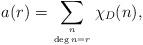
LaTeX: \begin{align*} a(r) = \sum_{n \atop \deg n=r} \chi_D(n),\end{align*}